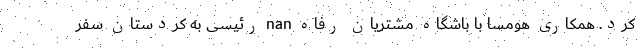
کرد. همکاری هومسا با باشگاه مشتریان رفاه nan رئیسی به کردستان سفر